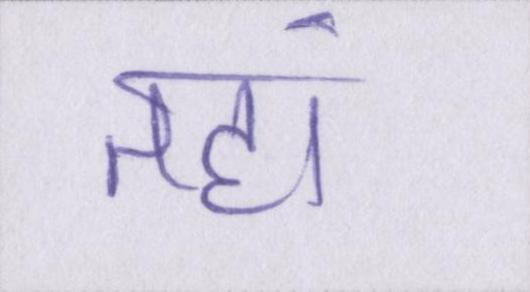
तहां